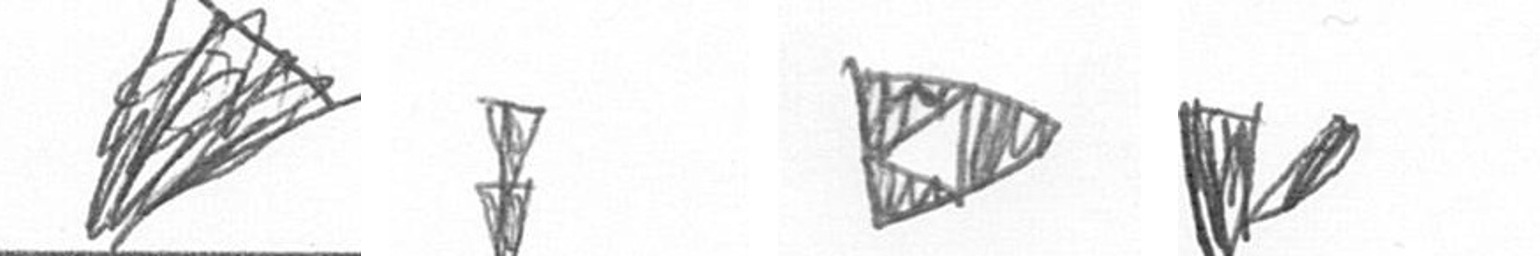
O Z K F